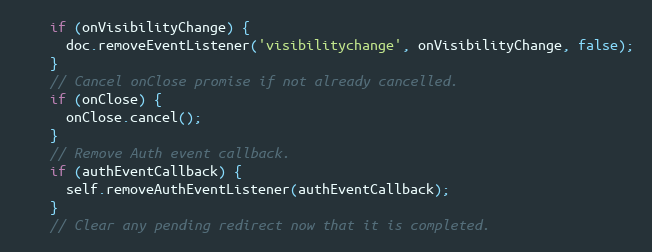
Language: JavaScript
    if (onVisibilityChange) {
      doc.removeEventListener('visibilitychange', onVisibilityChange, false);
    }
    // Cancel onClose promise if not already cancelled.
    if (onClose) {
      onClose.cancel();
    }
    // Remove Auth event callback.
    if (authEventCallback) {
      self.removeAuthEventListener(authEventCallback);
    }
    // Clear any pending redirect now that it is completed.